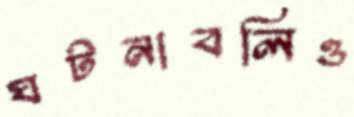
ঘটনাবলিও